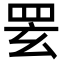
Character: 䍗